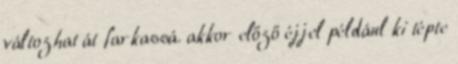
változhat át farkassá. akkor előző éjjel például ki tépte